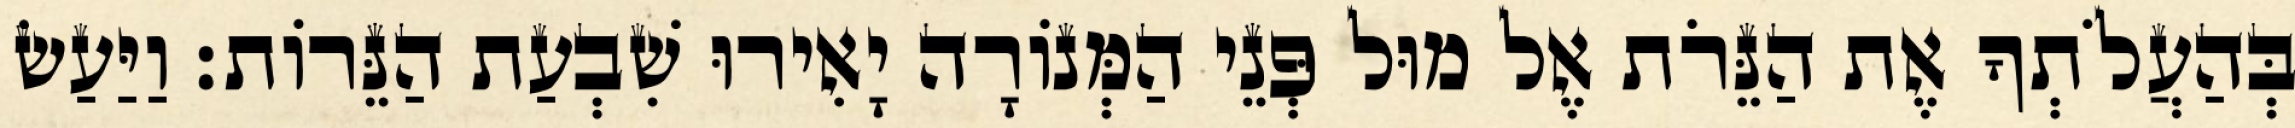
בְּהַעֲלֹתְךָ אֶת הַנֵּרֹת אֶל מוּל פְּנֵי הַמְּנוֹרָה יָאִירוּ שִׁבְעַת הַנֵּרוֹת׃ וַיַּעַשׂ